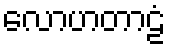
လောဟတာဠံ